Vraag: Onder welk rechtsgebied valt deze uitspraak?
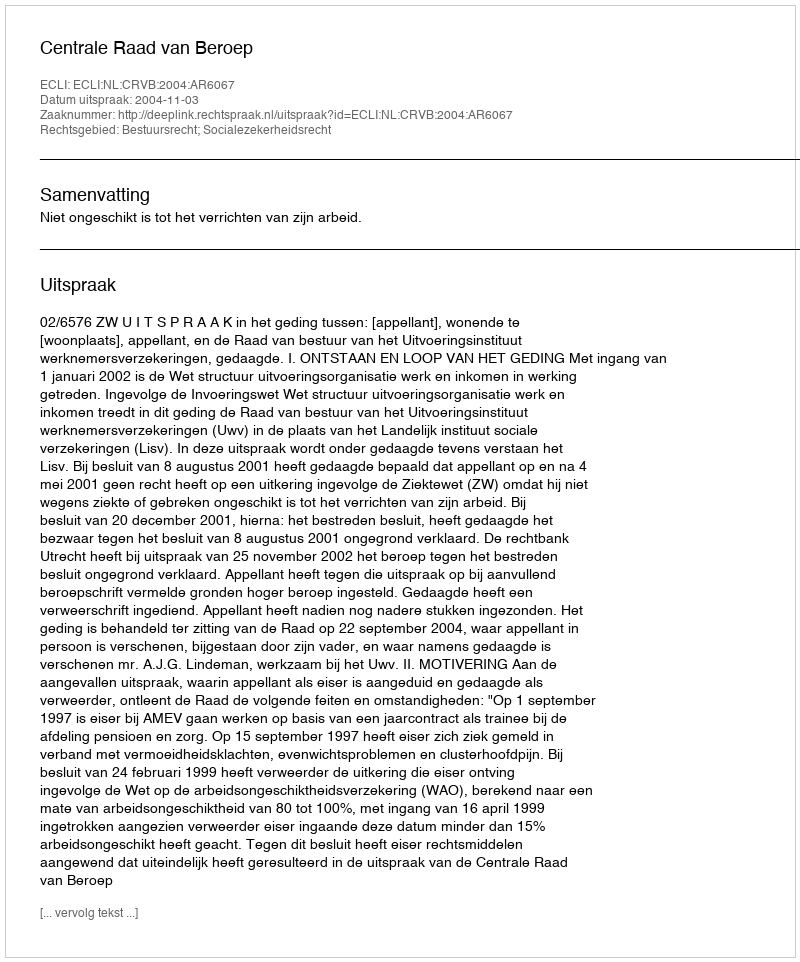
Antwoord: Bestuursrecht; Socialezekerheidsrecht